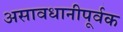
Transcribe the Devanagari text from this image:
असावधानीपूर्वक